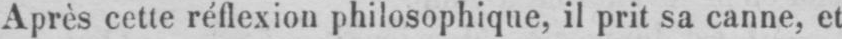
Après cette réflexion philosophique, il prit sa canne, et